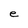
Character: e